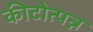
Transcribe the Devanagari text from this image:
कीटोत्पन्न